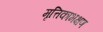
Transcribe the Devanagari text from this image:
मृत्तिकाभक्षण